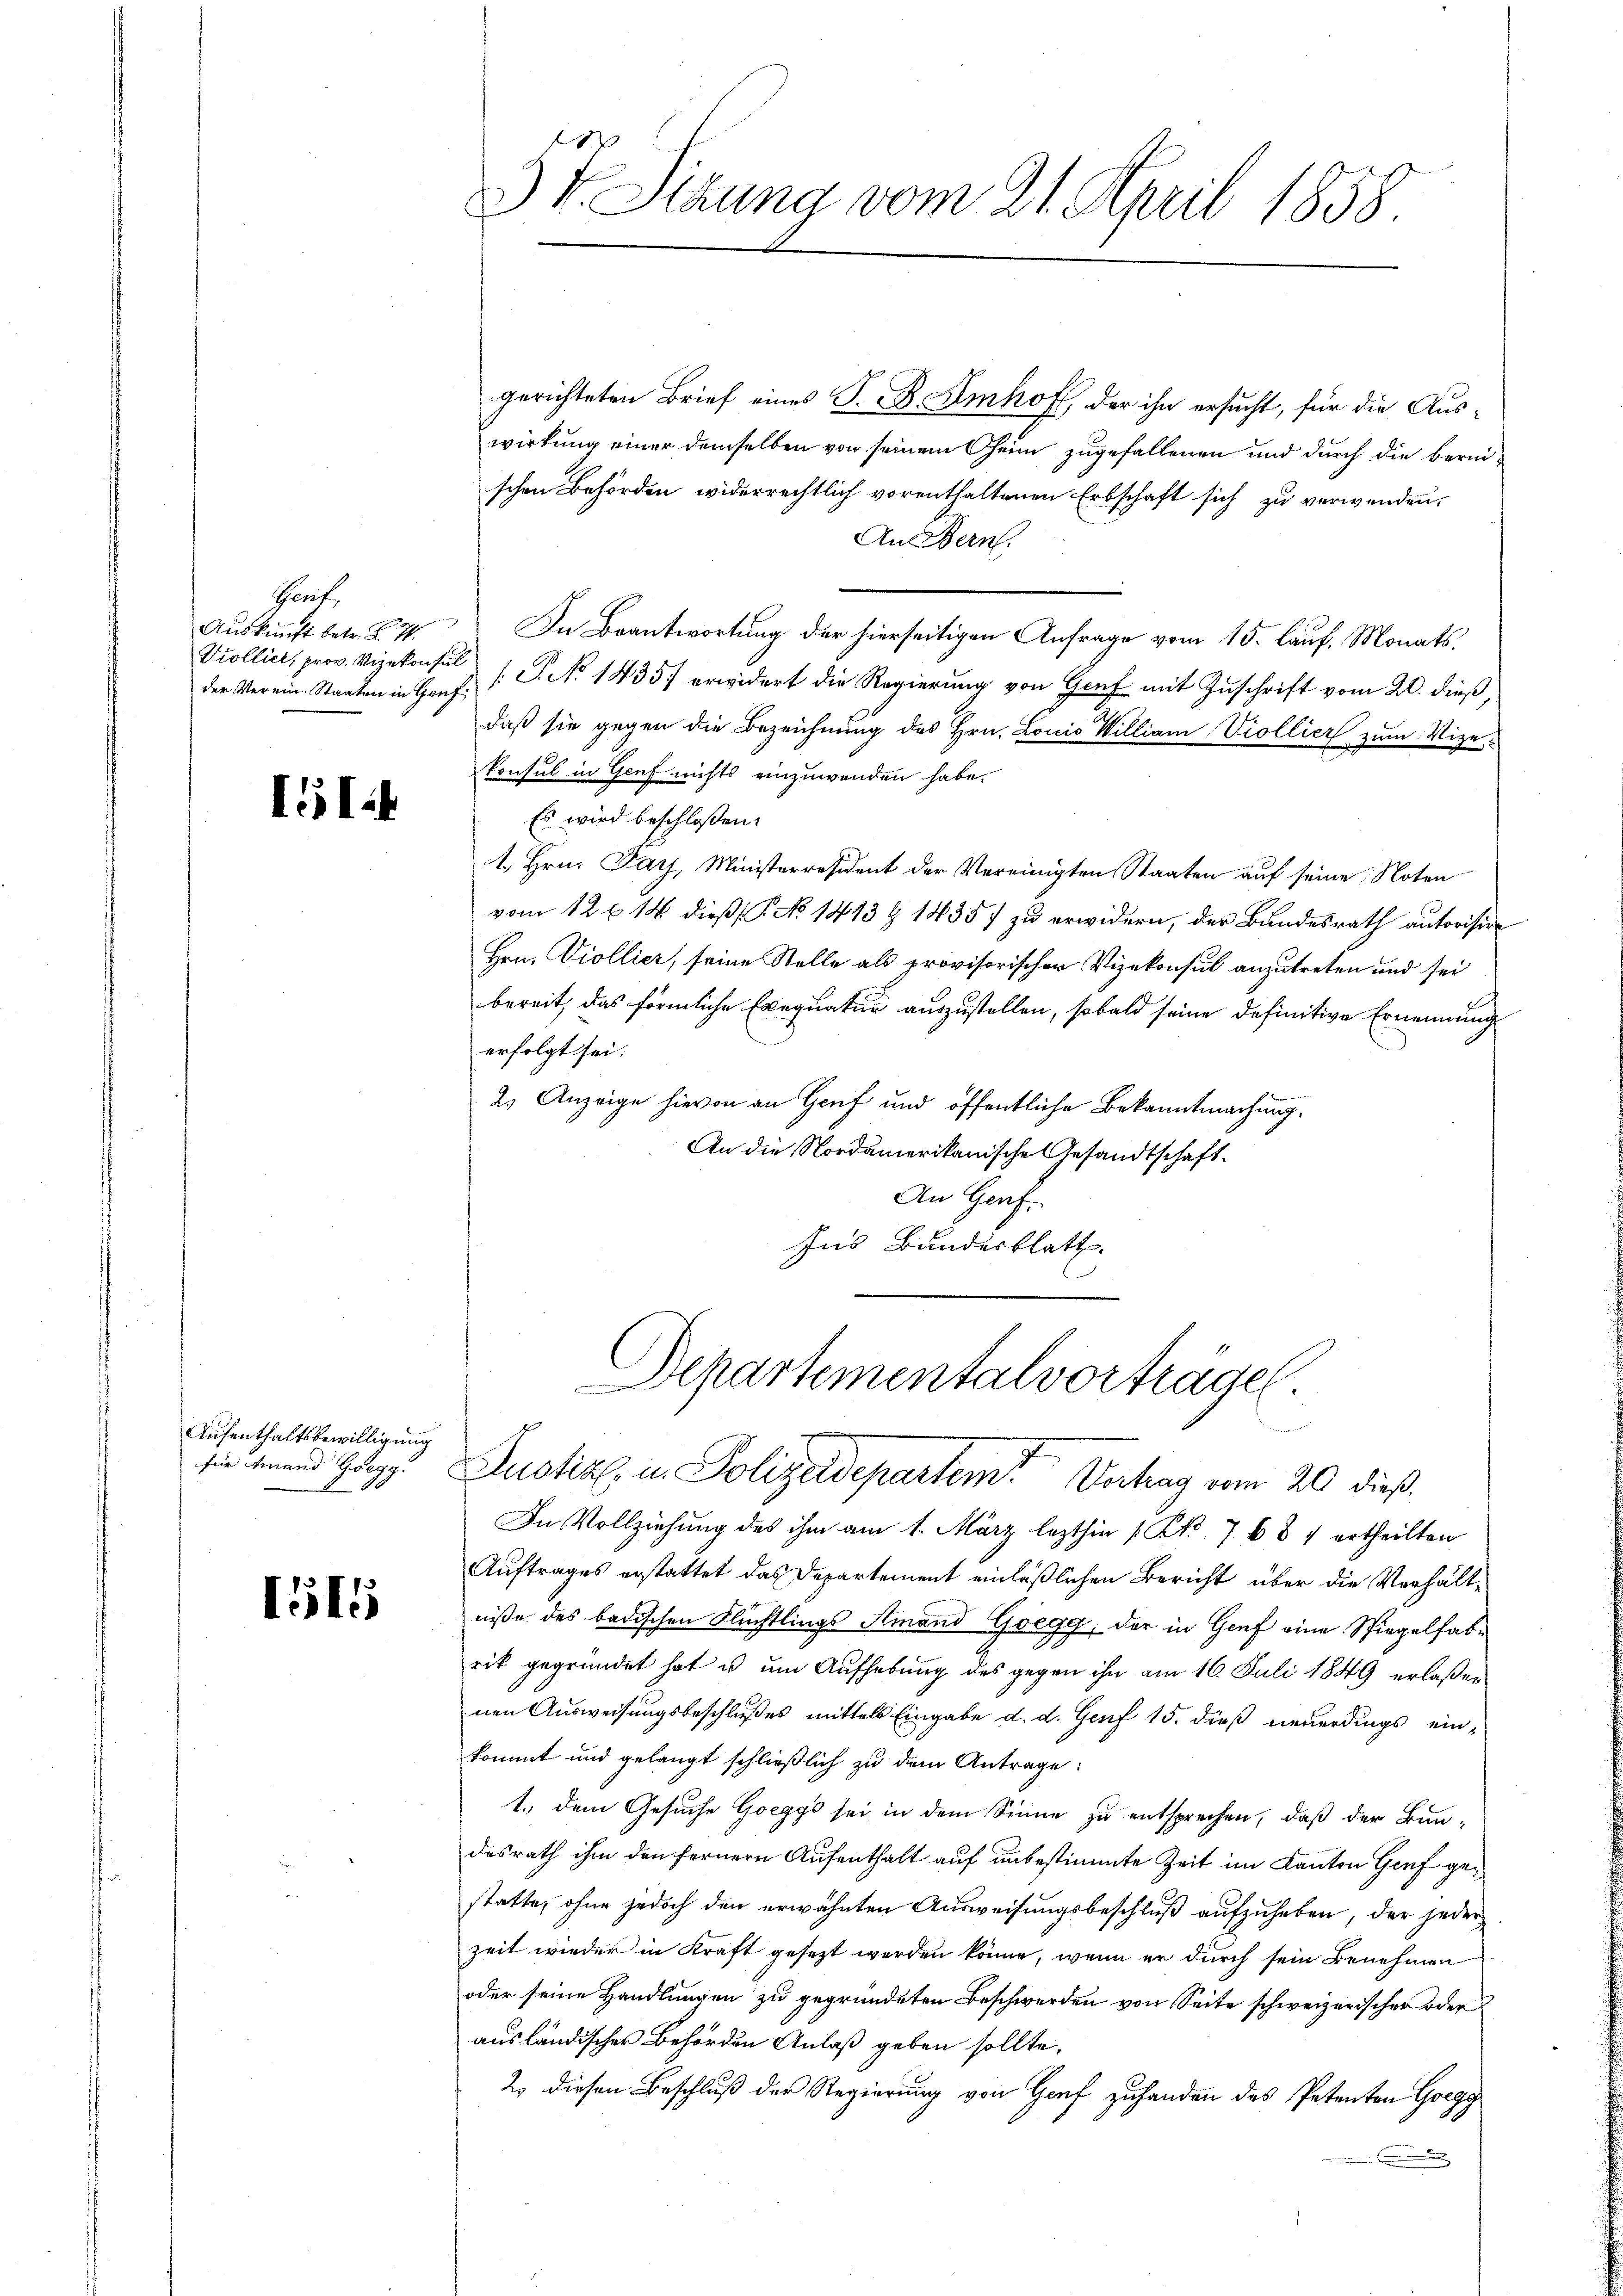
Threit,
der Verein Staaten in Genf,

I14

Aufenthaltsbewilligung
für Amand Goegg.

löte

e
3 v. Sitzung vom 21. April 1858

gerichteten Brief eines S. B. Imhof, der ihn ersucht, für die Auswirkung einer demselben von seinem Oheim zugefallenen und durch die bereischen Behörden widerrechtlich vorenthaltenen Erbschaft sich zu verwenden,
An Bern.
Auskunft betr. § 4. In Beantwortung der hierseitigen Anfrage vom 15. lauf. Monats,
Vcollier, prov. Vizekonsuls. P. No 1435 erwidert die Regierung von Genf mit Zuschrift vom 20. dieß,
daß sie gegen die Bezeichnung des Hrn. Louis William Viollier zum Vizekonsul in Graf nichts einzuwenden habe.
Es wird beschloßen:
1. Hrn. Pays, Ministerresident der Vereinigten Staaten auf seine Noten
vom 12 f 14 dieß No 1413 § 14357 zu erwidern, der Bundesrath autorisire
Hrn. Viollier, seine Stelle als provisorischer Vizekonsul anzutreten und sei
bereit, das förmliche Exequatur auszustellen, sobald seine definitive Ernennung
erfolgt sei.
2.) Anzeige hievon an Gruf und öffentliche Bekanntmachung.
An die Nordamerikanische Gesandtschaft.
An Graf.
Ins Bundesblatt.

Departementalvorträge
Justiz in Polizeidepartem Vertrag vom 20 dieß.

In Vollziehung des ihm am 1. März lezthin 1 Pkt. 768 4 ertheilten
Auftrages erstattet das Departement einläßlichen Bericht über die Verhältniße des badischen Flüchtlings Amand Gsegg, der in Genf eine Spiegelhabe
rik gegründet hat u um Aufhebung des gegen ihn am 16. Juli 1849 erlaßen
nen Ausweisungsbeschlußes mittels Eingabe d. d. Genf 15. dieß neuerdings einkommt und gelangt schließlich zu dem Antrage:
1.) dem Gesuche Goeggs sei in dem Sinne zu entsprechen, daß der Bundesrath ihm den fernern Aufenthalt auf unbestimmte Zeit im Kanton Genf gestatte, ohne jedoch den erwähnten Ausweisungsbeschluß aufzuheben, der jeder
zeit wieder in Kraft gesezt worden könne, wenn er durch sein Benehmen
oder seine Handlungen zu gegründeten Beschwerden von Seite schweizerischen oder
ausländischer Behörden Anlaß geben sollte.
2. diesen Beschluß der Regierung von Hof zuhanden des Petenten Gregg